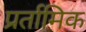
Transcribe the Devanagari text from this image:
प्रर्तामिक